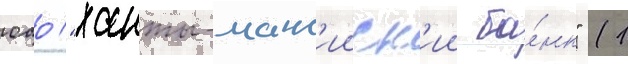
оао "ханты-манс'ииск'ии ба́нк" (1